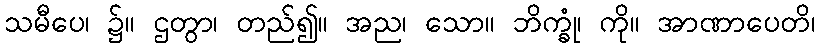
သမီပေ၊ ၌။ ဌတွာ၊ တည်၍။ အည၊ သော။ ဘိက္ခုံ၊ ကို။ အာဏာပေတိ၊